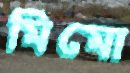
মিমো